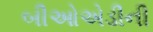
બીઓએડીની